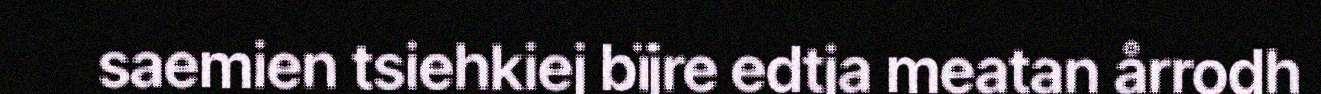
saemien tsiehkiej bïjre edtja meatan årrodh